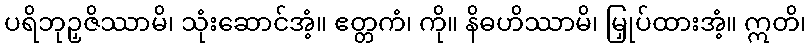
ပရိဘုဉှဇိဿာမိ၊ သုံးဆောင်အံ့။ ဧတ္တကံ၊ ကို။ နိဓဟိဿာမိ၊ မြှုပ်ထားအံ့။ ဣတိ၊